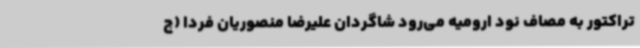
تراکتور به مصاف نود ارومیه می‌رود شاگردان علیرضا منصوریان فردا (چ